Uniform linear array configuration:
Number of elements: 32
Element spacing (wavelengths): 0.75
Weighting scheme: exponential
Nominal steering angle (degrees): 0
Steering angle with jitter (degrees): -0.1003
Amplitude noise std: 0.05
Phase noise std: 0.05

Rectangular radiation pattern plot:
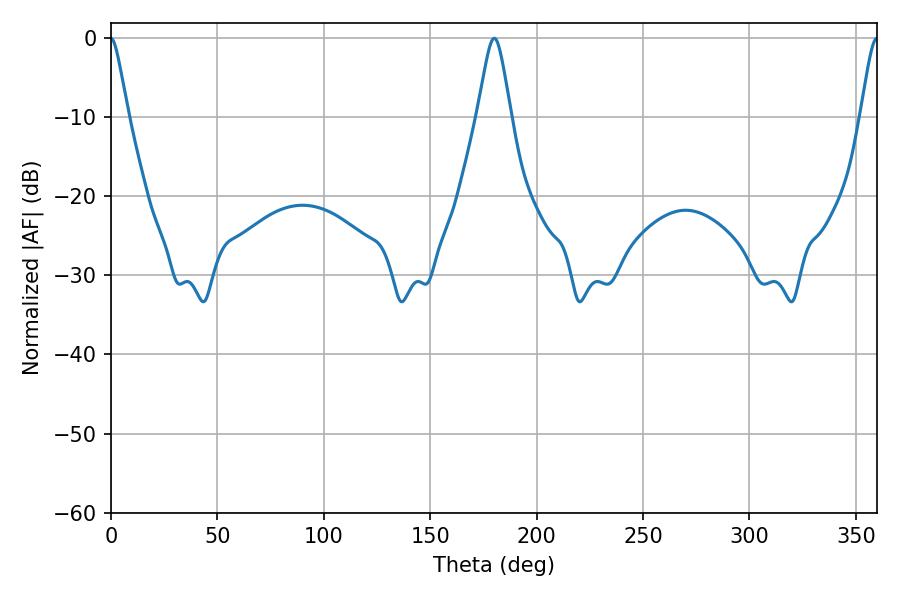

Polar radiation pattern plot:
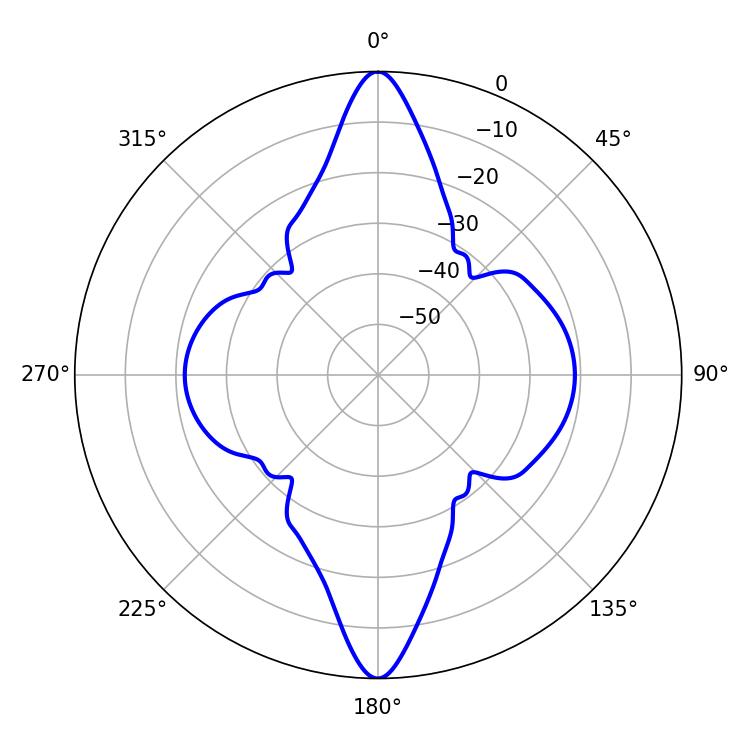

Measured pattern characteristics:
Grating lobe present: TRUE
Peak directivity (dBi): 30.729
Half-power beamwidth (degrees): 7.56
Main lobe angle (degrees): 180.18